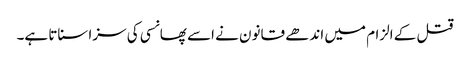
قتل کے الزام میں اندھے قانون نے اسے پھانسی کی سزا سناتا ہے۔